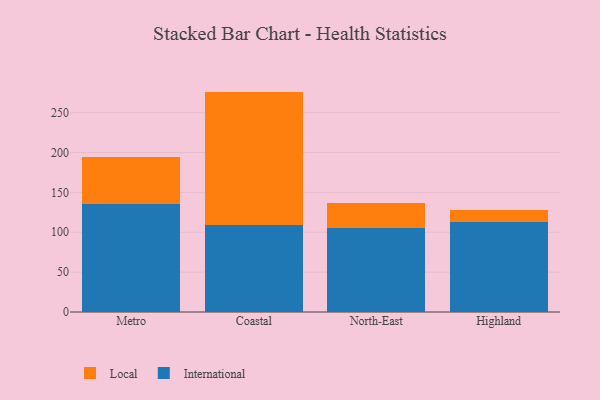
{"axis": {"x": "Region", "y": "Inventory Turnover"}, "legend": ["International", "Local"], "data": [{"x": "Metro", "y": 136.0, "type": "International"}, {"x": "Metro", "y": 59.0, "type": "Local"}, {"x": "Coastal", "y": 108.8, "type": "International"}, {"x": "Coastal", "y": 167.6, "type": "Local"}, {"x": "North-East", "y": 105.5, "type": "International"}, {"x": "North-East", "y": 31.5, "type": "Local"}, {"x": "Highland", "y": 112.7, "type": "International"}, {"x": "Highland", "y": 15.4, "type": "Local"}]}